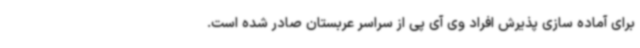
برای آماده سازی پذیرش افراد وی آی پی از سراسر عربستان صادر شده است.